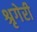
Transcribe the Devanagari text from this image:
श्रृगेरी